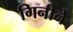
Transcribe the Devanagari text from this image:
गिनीने